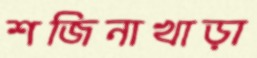
শজিনাখাড়া